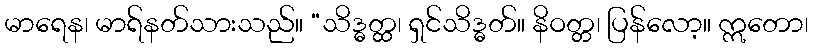
မာရေန၊ မာရ်နတ်သားသည်။ “သိဒ္ဓတ္ထ၊ ရှင်သိဒ္ဓတ်။ နိဝတ္တ၊ ပြန်လော့။ ဣတော၊